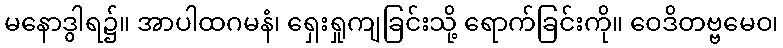
မနောဒွါရ၌။ အာပါထဂမနံ၊ ရှေးရှုကျခြင်းသို့ ရောက်ခြင်းကို။ ဝေဒိတဗ္ဗမေဝ၊